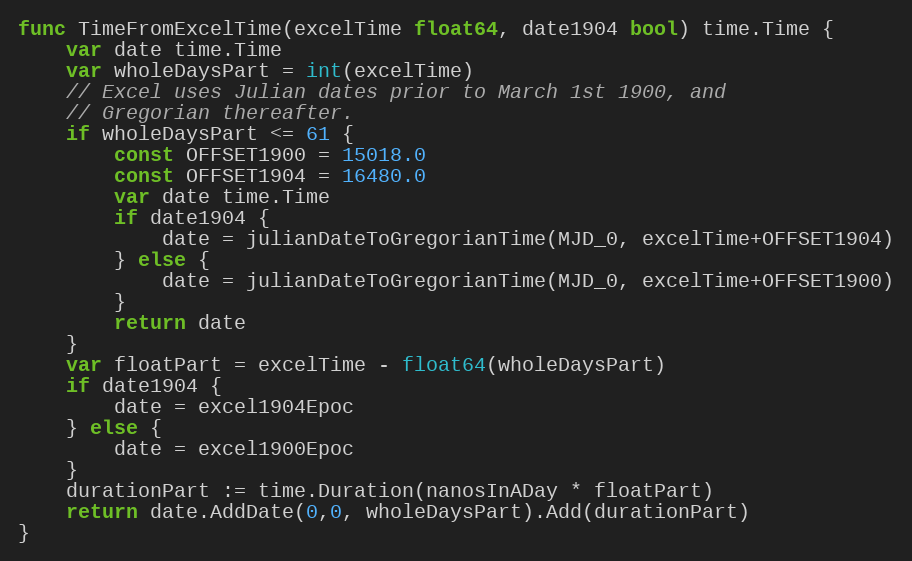
Language: Go
func TimeFromExcelTime(excelTime float64, date1904 bool) time.Time {
	var date time.Time
	var wholeDaysPart = int(excelTime)
	// Excel uses Julian dates prior to March 1st 1900, and
	// Gregorian thereafter.
	if wholeDaysPart <= 61 {
		const OFFSET1900 = 15018.0
		const OFFSET1904 = 16480.0
		var date time.Time
		if date1904 {
			date = julianDateToGregorianTime(MJD_0, excelTime+OFFSET1904)
		} else {
			date = julianDateToGregorianTime(MJD_0, excelTime+OFFSET1900)
		}
		return date
	}
	var floatPart = excelTime - float64(wholeDaysPart)
	if date1904 {
		date = excel1904Epoc
	} else {
		date = excel1900Epoc
	}
	durationPart := time.Duration(nanosInADay * floatPart)
	return date.AddDate(0,0, wholeDaysPart).Add(durationPart)
}